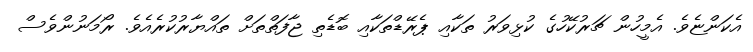
އެކަންޏެވެ. އެމީހުން ޗަރުކޭހުގެ ކުޅިވަރު ތަކާއި ޕެރޭޑްތަކާއި ބޮޑެތި ޖާފަތްތަށް ތައްޔާރުކުރެއެވެ. ރޯމަނުންވެސް